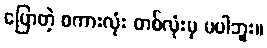
ပြောတဲ့ စကားလုံး တစ်လုံးမှ မပါဘူး။